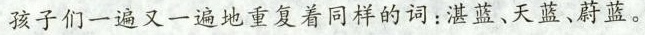
孩子们一遍又一遍地重复着同样的词：湛蓝、天蓝、蔚蓝。